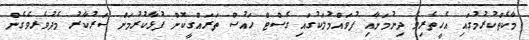
މާކެތްކުރުމުގައި އެހީތެރިވެ ދިނުމަށާއި ފުވައްމުލަކުގައި ގެސްޓް ހައުސް ތަރައްގީކޮށް ފުޅާކުރުމަށް ސަރުކާރު މެދުވެރވެެގެން